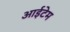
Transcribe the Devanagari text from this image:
आईटेम